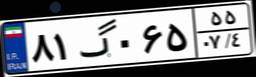
۸۱گ۰۶۵۵۵